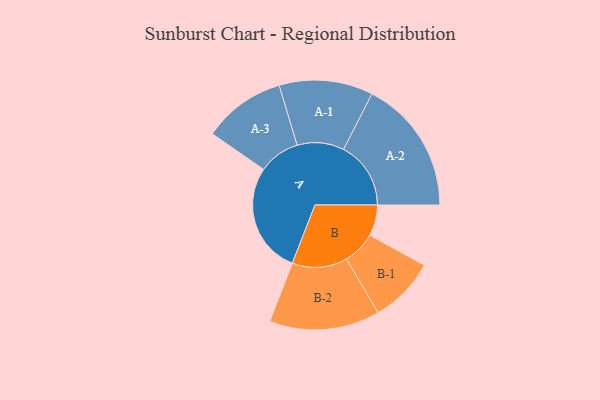
{"axis": {"x": "Segment", "y": "Value"}, "legend": ["", "A", "B"], "data": [{"x": "A", "y": 477, "type": ""}, {"x": "B", "y": 133, "type": ""}, {"x": "A-1", "y": 202, "type": "A"}, {"x": "A-2", "y": 290, "type": "A"}, {"x": "A-3", "y": 178, "type": "A"}, {"x": "B-1", "y": 142, "type": "B"}, {"x": "B-2", "y": 238, "type": "B"}]}